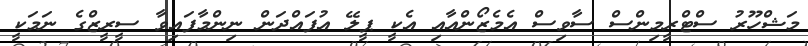
މަޝްހޫރު ސްޓްރީމިންސް ސާވިސް އެމެޒޯންއާއި އެކީ ޕީލޭ އުފައްދަން ނިންމާފައިވާ ސީރީޒްގެ ނަމަކީ